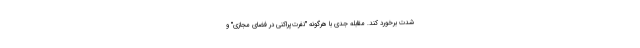
شدت برخورد کند. مقابله جدی با هرگونه "نفرت‌پراکنی در فضای مجازی" و